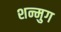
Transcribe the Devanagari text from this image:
शन्मुग